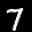
Label: 7